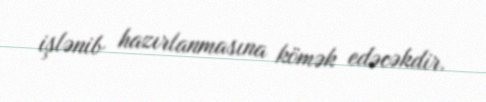
işlənib hazırlanmasına kömək edəcəkdir.